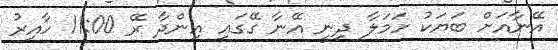
އޭނާއަށް ބަޔަކު ހަމަލާ ދިނީ އޭނާ ގޭގައި އިންދާ ރޭ 11:00 ހާއިރު